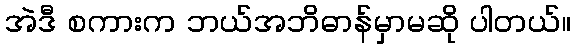
အဲဒီ စကားက ဘယ်အဘိဓာန်မှာမဆို ပါတယ်။